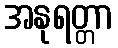
အနုရတ္တာ